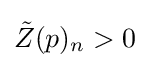
{\tilde {Z}}(p)_{n}>0